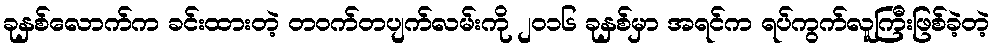
ခုနှစ်လောက်က ခင်းထားတဲ့ တဝက်တပျက်လမ်းကို ၂၀၁၆ ခုနှစ်မှာ အရင်က ရပ်ကွက်လူကြီးဖြစ်ခဲ့တဲ့